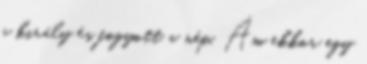
a király és fogyott a nép. Ám ekkor egy